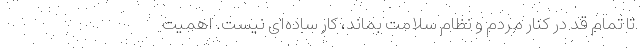
تا تمام قد در کنار مردم و نظام سلامت بماند، کار ساده‌ای نیست. اهمیت